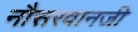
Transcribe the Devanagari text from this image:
नौसरवानजी